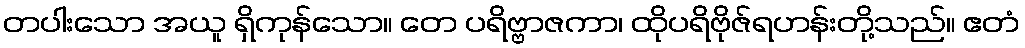
တပါးသော အယူ ရှိကုန်သော။ တေ ပရိဗ္ဗာဇကာ၊ ထိုပရိဗိုဇ်ရဟန်းတို့သည်။ ဧတံ